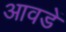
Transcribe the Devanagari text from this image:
आवडें